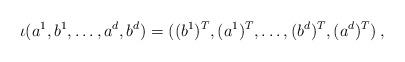
LaTeX: \begin{align*} \iota(a^1,b^1,\dots, a^d,b^d)=((b^1)^T,(a^1)^T,\dots,(b^d)^T,(a^d)^T )\,, \end{align*}